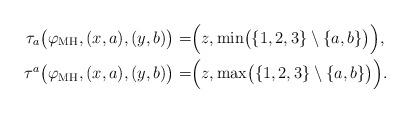
LaTeX: \begin{align*}\tau_{a}\big(\varphi_{\mathrm{MH}}, (x,a), (y,b)\bigr) &= \Bigr(z,\min\bigl(\{1, 2, 3\}\setminus \{a,b\}\bigr)\Bigr), \\\tau^{a}\big(\varphi_{\mathrm{MH}}, (x,a), (y,b)\bigr) &= \Bigr(z,\max\bigl(\{1, 2, 3\}\setminus \{a,b\}\bigr)\Bigr). \end{align*}